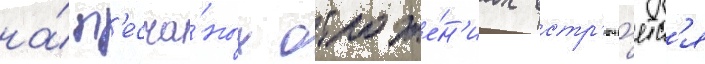
на́ п'есча́ных отложе́н'иах встр'еча́етс'я